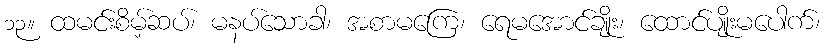
၁၃။ ထမင်းစိမ့်ဆပ်၊ မနပ်သောခါ၊ အစာမကြေ၊ ရေမအောင်ချိုး၊ ထောင်ပျိုးမပေါက်၊